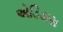
એડિડાસ